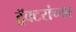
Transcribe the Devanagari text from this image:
ट्रॅक्टरांच्या